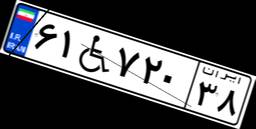
۴۵W۵۳۱۸۰